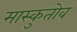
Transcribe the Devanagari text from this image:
मास्कुतोव